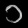
Digit: ၁